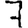
Digit: 7